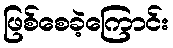
ဖြစ်စေခဲ့ကြောင်း